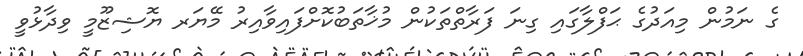
ގެ ނަމުން މިއަދުގެ ޙަފްލާގައި ގިނަ ފަރާތްތަކުން މުޚާތަބުކޮށްފައިވާއިރު މޭޔަރ ޔޮޝިޒޫމީ ވިދާޅުވީ